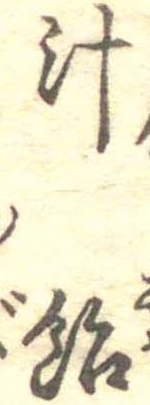
汁飴